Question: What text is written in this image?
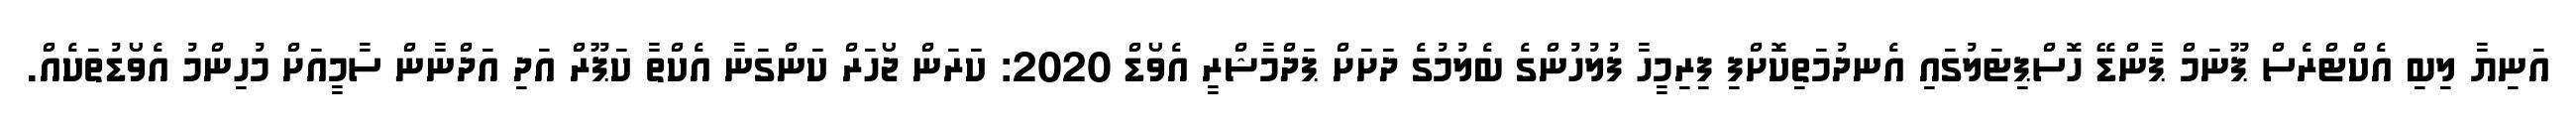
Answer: އަނިޔާ ލިބި އެކްޓްރެސް ޕޫނަމް ޕާންޑޭ ހޮސްޕިޓަލުގައި އެނދުމަތިކޮށްފި ފިރިމީހާ ފުލުހުންގެ ބެލުމުގެ ދަށަށް ޕަދްމާޝްރީ އެވޯޑް 2020: ކަރަން ޖޯހަރް ކަންގަނާ އެކްތާ ކަޕޫރް އަދި އަދްނާން ސާމީއަށް މުހިންމު އެވޯޑުތަކެއް.